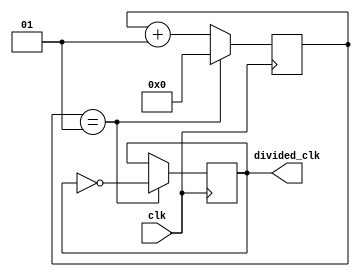
`timescale 1ns / 1ps

module clock_divider #(parameter div_value = 1) (
input wire clk, // 100 MHz clock
output reg divided_clk = 0 // 25 MHz clock 
    );
    
// Note that the division value is found as per the equation below
// division_value = 100MHz / (2 * desired_frequency) - 1
// In this case, we have division_value = 100MHz / (2 * 25 Mhz) - 1 = 2 - 1 = 1

integer counter_value = 0; 

always @ (posedge clk) 
begin
    if (counter_value == div_value) 
        counter_value <= 0; 
    else
        counter_value <= counter_value + 1; 
end

// Divide the clock accordingly to 25 MHz
always @ (posedge clk) 
begin 
    if (counter_value == div_value) 
        divided_clk <= ~divided_clk; // flip the signal
end
endmodule